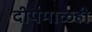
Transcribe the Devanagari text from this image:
दीपमाळही